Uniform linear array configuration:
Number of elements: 32
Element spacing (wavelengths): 1
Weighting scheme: hamming
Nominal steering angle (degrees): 15
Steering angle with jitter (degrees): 13.213
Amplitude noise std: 0.05
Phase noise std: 0.05

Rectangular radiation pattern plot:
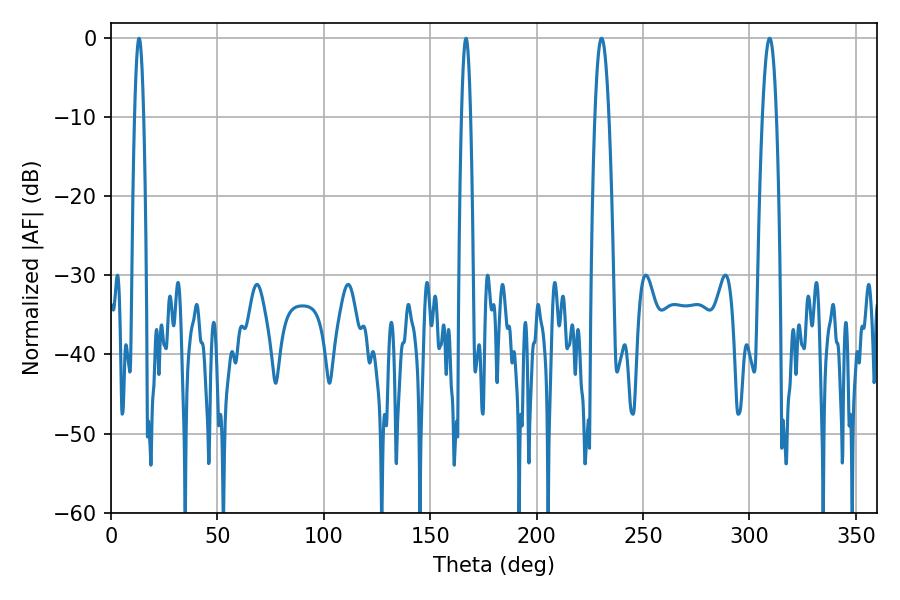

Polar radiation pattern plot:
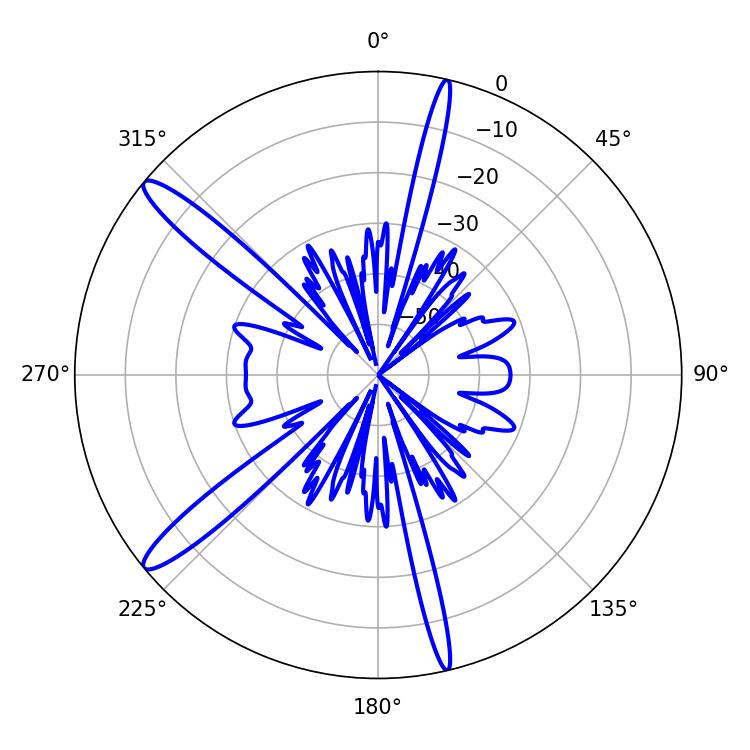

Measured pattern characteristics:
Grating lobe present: TRUE
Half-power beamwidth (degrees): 3.6
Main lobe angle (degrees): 309.42